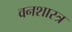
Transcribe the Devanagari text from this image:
वनशास्त्र